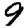
Digit: 9